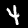
Digit: 4